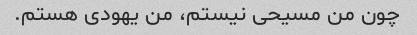
چون من مسیحی نیستم، من یهودی هستم.